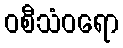
ဝစီသံဝရော